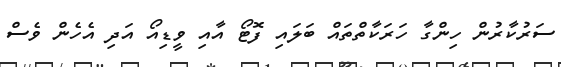
ސަރުކާރުން ހިންގާ ހަރަކާތްތައް ބަލައި ފޮޓޯ އާއި ވީޑިއޯ އަދި އެހެން ވެސް